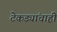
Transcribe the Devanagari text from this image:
टेकड्यांचाही